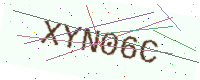
Text: XYN06C